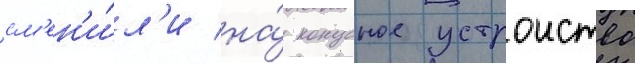
см'ен'и́л'и на́ конусное устроиство